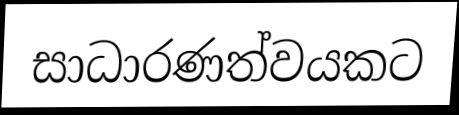
සාධාරණත්වයකට